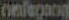
onfegoog